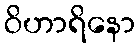
ဝိဟာရိနော